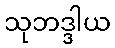
သုဘဒ္ဒါယ